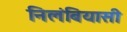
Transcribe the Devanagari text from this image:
निलंबियासी